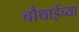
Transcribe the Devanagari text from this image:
चौथाईच्या